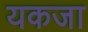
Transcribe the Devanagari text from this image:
यकजा